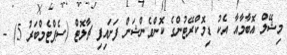
މިޝޭލް އޮބާމާއާ އެކު ޑިމޮކްރޭޓުންގެ ކޮންވެންޝަން ފަށައިފި ޗާލޮޓް (ސެޕްޓެމްބަރު 5) -